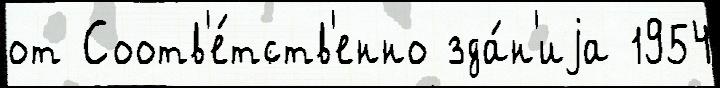
от Соотв'е́тств'енно зда́н'иjа 1954